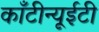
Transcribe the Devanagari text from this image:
काँटीन्यूईटी